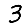
Digit: 3